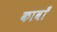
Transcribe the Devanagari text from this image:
कावाँ